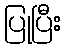
ပြုပြီး